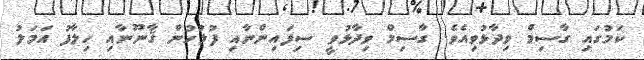
ކަމުގައި ގާސިމް ވިދާޅުވިއެވެ. ގާސިމް ވިދާޅުވީ ސިފައިންނާއި ފުލުހުން ޤާނޫނާއި ހިލާފު އަމަލު